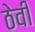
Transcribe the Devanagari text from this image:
ठेवीं